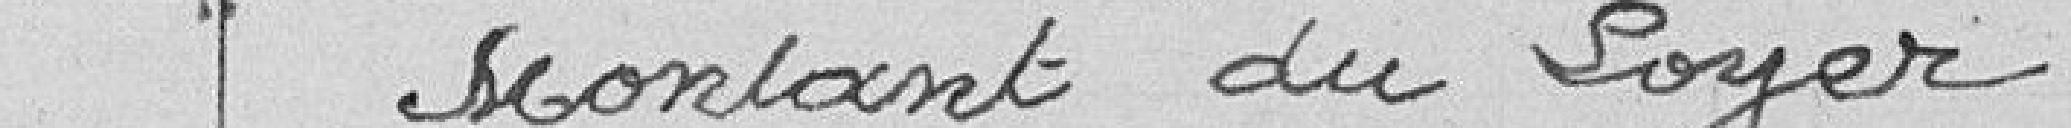
Montant du Loyer